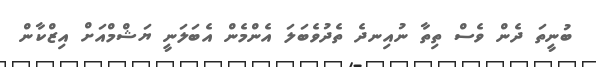
ބުނީތަ ދެން ވެސް ތިތާ ނުއިނދެ ތެދުވެބަލަ އެންމެން އެބަލަނީ ޔަޝްމްއަށް އިޒްކާން